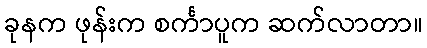
ခုနက ဖုန်းက စင်္ကာပူက ဆက်လာတာ။